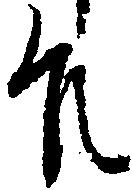
殿